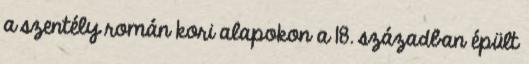
a szentély román kori alapokon a 18. században épült